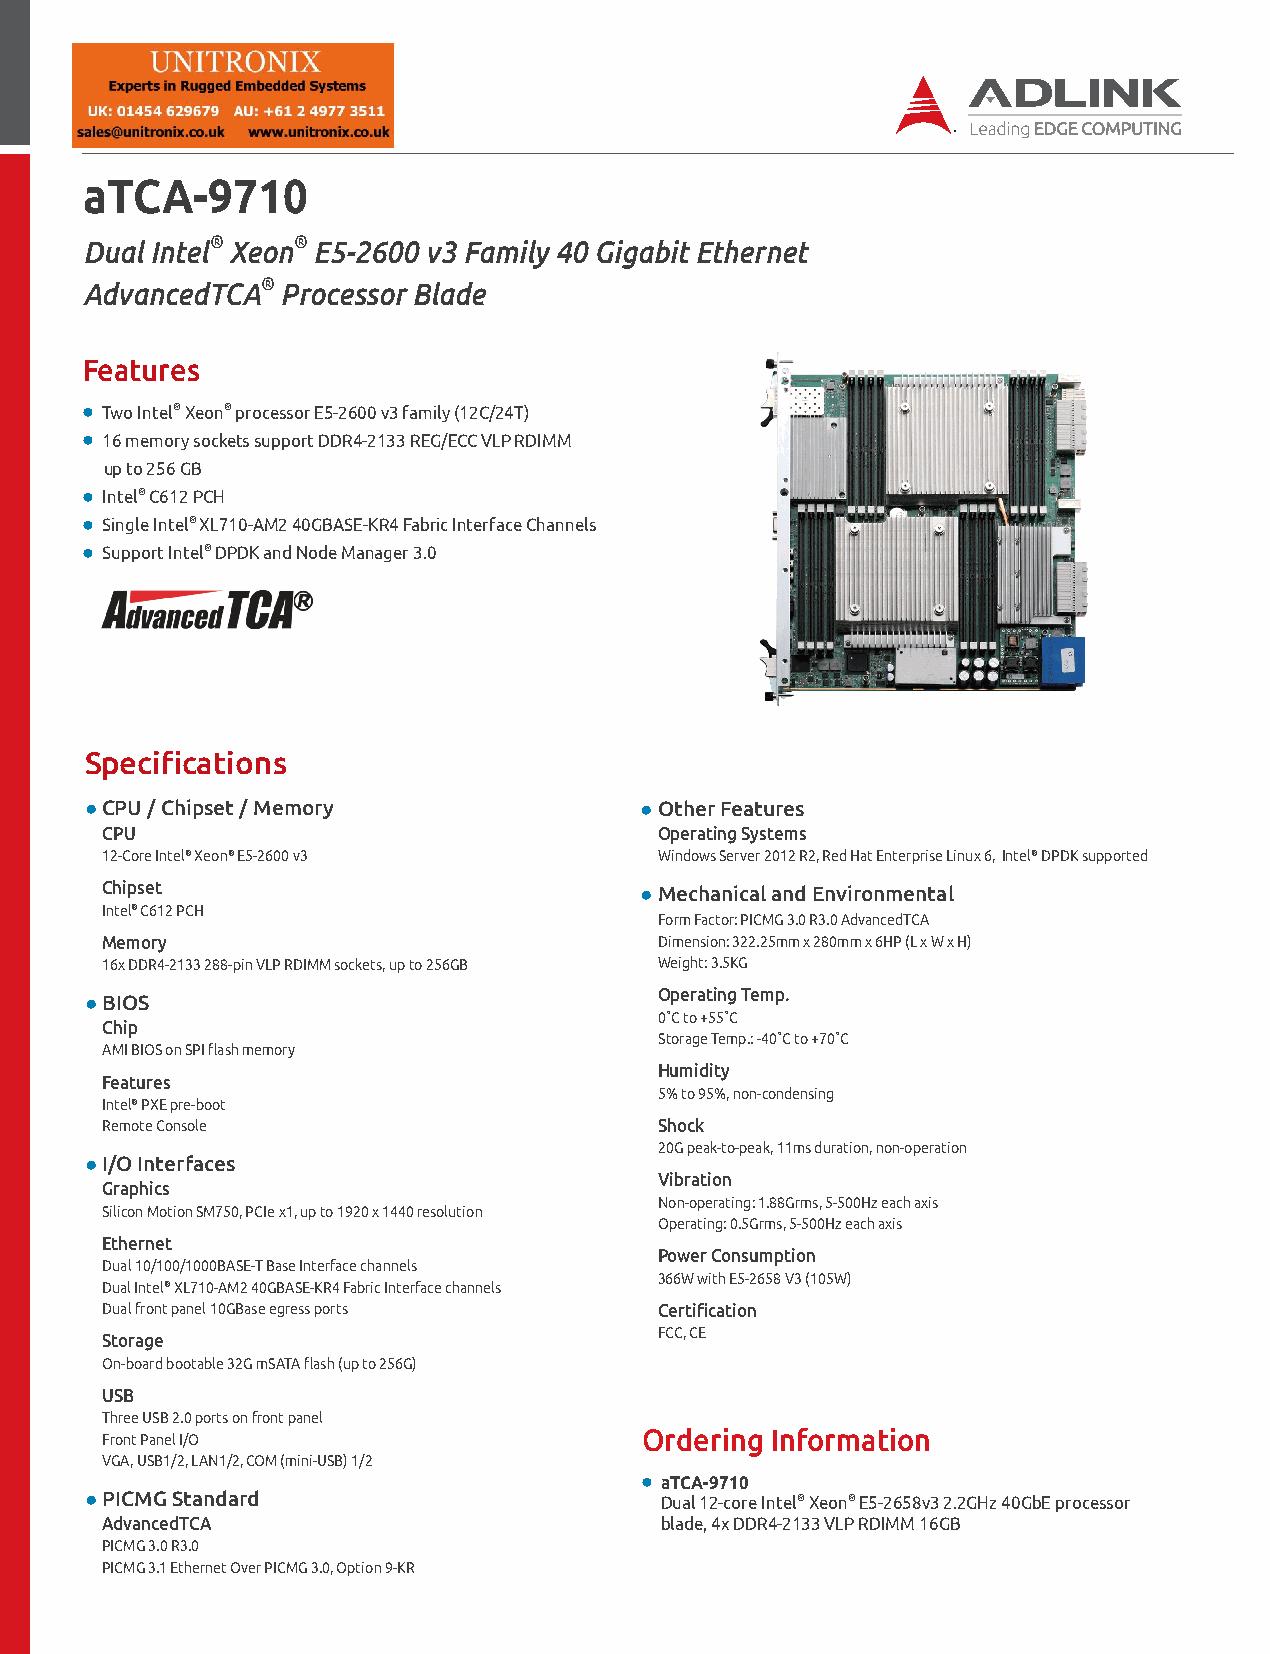
aTCA-9710
 Dual Intel® Xeon® E5-2600 v3 Family 40 Gigabit Ethernet
 AdvancedTCA®  Processor Blade
 Features
 ● Two Intel® Xeon® processor E5-2600 v3 family (12C/24T)
 ● 16 memory sockets support DDR4-2133 REG/ECC VLP RDIMM
 up to 256 GB
 ● Intel® C612 PCH
 ● Single Intel® XL710-AM2 40GBASE-KR4 Fabric Interface Channels
 ● Support Intel® DPDK and Node Manager 3.0
 Specifications
 ● CPU / Chipset / Memory            ● Other Features
 CPU                                  Operating Systems
 12-Core Intel® Xeon® E5-2600 v3      Windows Server 2012 R2, Red Hat Enterprise Linux 6, Intel® DPDK supported
 Chipset                            ● Mechanical and Environmental
 Intel® C612 PCH
 Form Factor: PICMG 3.0 R3.0 AdvancedTCA
 Memory                               Dimension: 322.25mm x 280mm x 6HP (L x W x H)
 16x DDR4-2133 288-pin VLP RDIMM sockets, up to 256GB Weight: 3.5KG
 ● BIOS
 Operating Temp.
 0˚C to +55˚C
 Chip
 Storage Temp.: -40˚C to +70˚C
 AMI BIOS on SPI flash memory
 Humidity
 Features
 5% to 95%, non-condensing
 Intel® PXE pre-boot
 Remote Console                       Shock
 20G peak-to-peak, 11ms duration, non-operation
 ● I/O Interfaces
 Vibration
 Graphics
 Non-operating: 1.88Grms, 5-500Hz each axis
 Silicon Motion SM750, PCIe x1, up to 1920 x 1440 resolution
 Operating: 0.5Grms, 5-500Hz each axis
 Ethernet
 Power Consumption
 Dual 10/100/1000BASE-T Base Interface channels
 366W with E5-2658 V3 (105W)
 Dual Intel® XL710-AM2 40GBASE-KR4 Fabric Interface channels
 Dual front panel 10GBase egress ports Certification
 FCC, CE
 Storage
 On-board bootable 32G mSATA flash (up to 256G)
 USB
 Three USB 2.0 ports on front panel
 Front Panel I/O                     Ordering Information
 VGA, USB1/2, LAN1/2, COM (mini-USB) 1/2
 ● aTCA-9710
 ● PICMG Standard                      Dual 12-core Intel® Xeon® E5-2658v3 2.2GHz 40GbE processor
 AdvancedTCA                          blade, 4x DDR4-2133 VLP RDIMM 16GB
 PICMG 3.0 R3.0
 PICMG 3.1 Ethernet Over PICMG 3.0, Option 9-KR